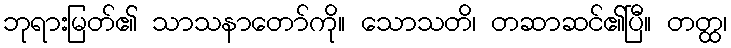
ဘုရားမြတ်၏ သာသနာတော်ကို။ သောသတိ၊ တဆာဆင်၏ပြီ။ တတ္ထ၊